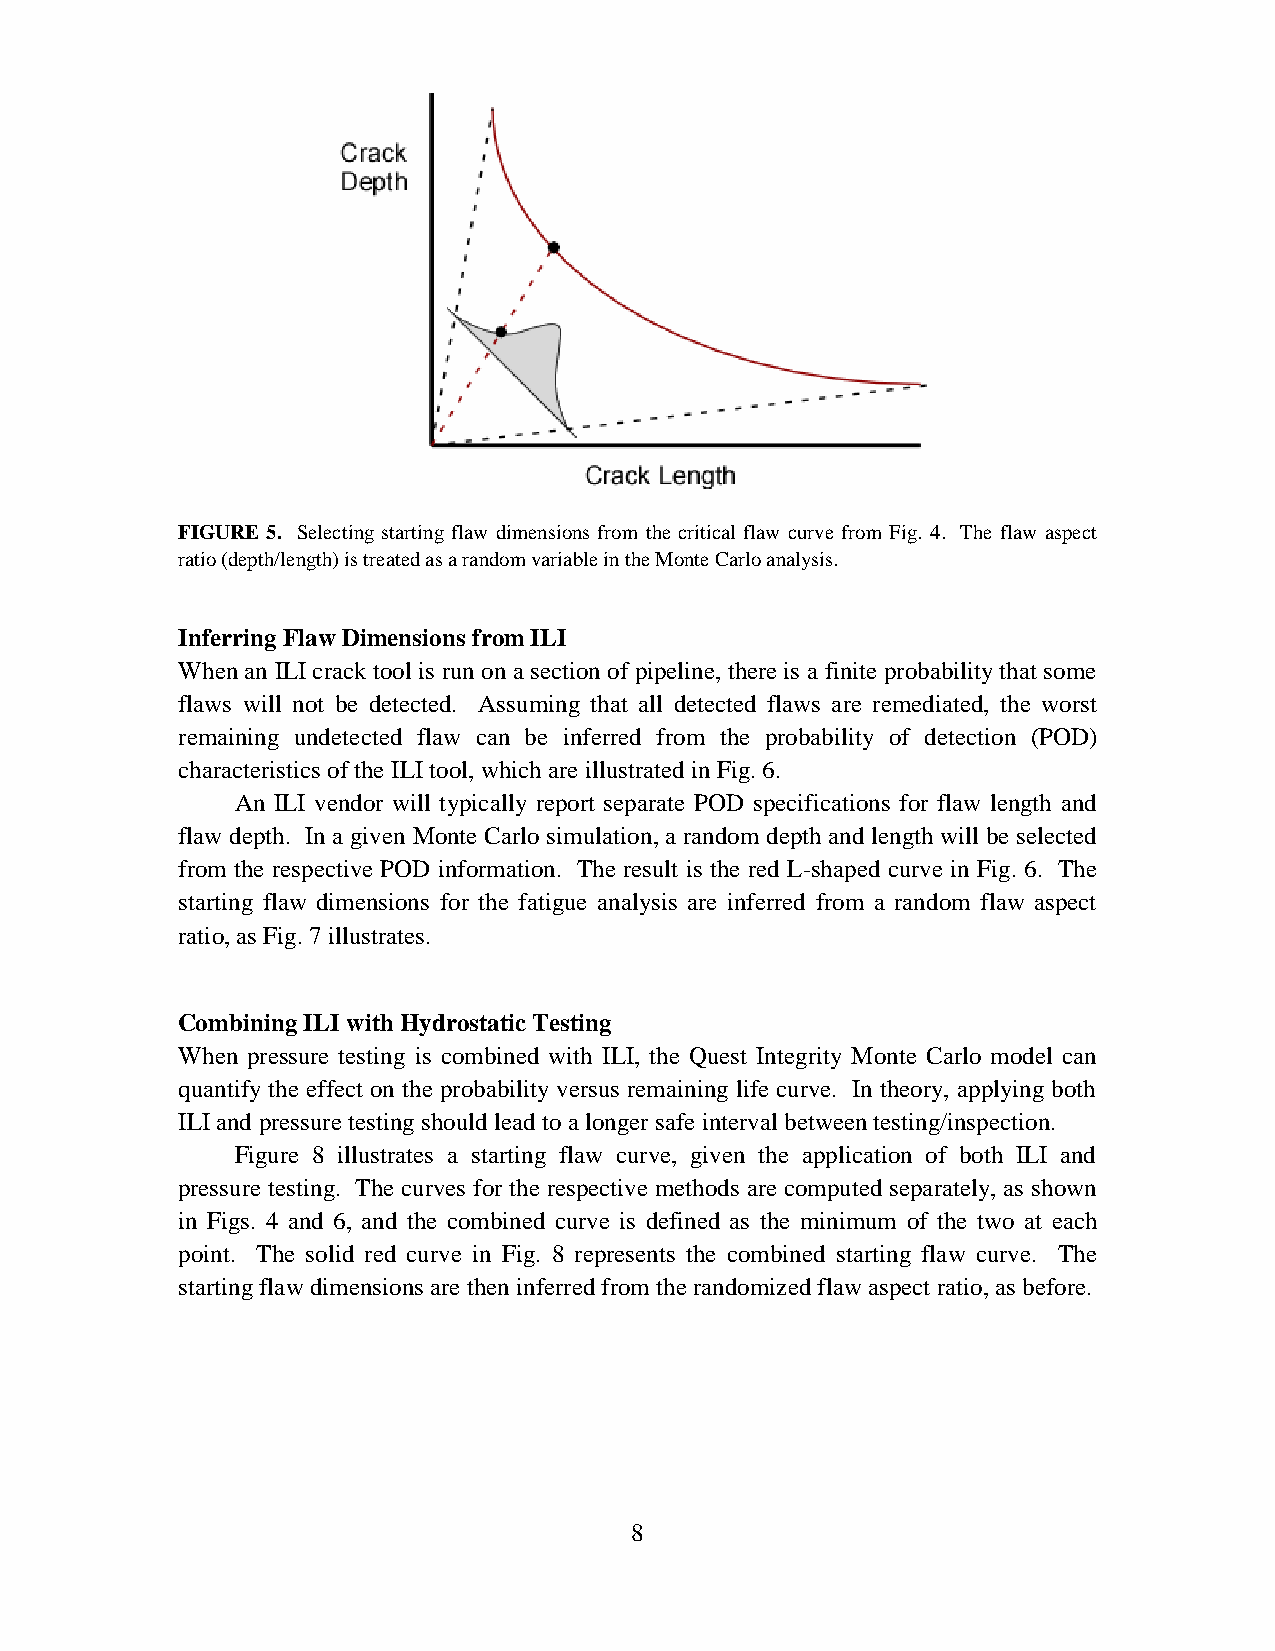
FIGURE 5. Selecting starting flaw dimensions from the critical flaw curve from Fig. 4. The flaw aspect
 ratio (depth/length) is treated as a random variable in the Monte Carlo analysis.
 Inferring Flaw Dimensions from ILI
 When an ILI crack tool is run on a section of pipeline, there is a finite probability that some
 flaws will not be detected. Assuming that all detected flaws are remediated, the worst
 remaining undetected flaw can be inferred from the probability of detection (POD)
 characteristics of the ILI tool, which are illustrated in Fig. 6.
 An ILI vendor will typically report separate POD specifications for flaw length and
 flaw depth. In a given Monte Carlo simulation, a random depth and length will be selected
 from the respective POD information. The result is the red L-shaped curve in Fig. 6. The
 starting flaw dimensions for the fatigue analysis are inferred from a random flaw aspect
 ratio, as Fig. 7 illustrates.
 Combining ILI with Hydrostatic Testing
 When pressure testing is combined with ILI, the Quest Integrity Monte Carlo model can
 quantify the effect on the probability versus remaining life curve. In theory, applying both
 ILI and pressure testing should lead to a longer safe interval between testing/inspection.
 Figure 8 illustrates a starting flaw curve, given the application of both ILI and
 pressure testing. The curves for the respective methods are computed separately, as shown
 in Figs. 4 and 6, and the combined curve is defined as the minimum of the two at each
 point. The solid red curve in Fig. 8 represents the combined starting flaw curve. The
 starting flaw dimensions are then inferred from the randomized flaw aspect ratio, as before.
 8